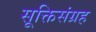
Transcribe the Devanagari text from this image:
सूक्तिसंग्रह